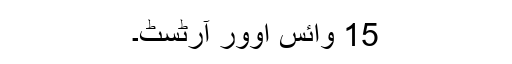
15 وائس اوور آرٹسٹ۔